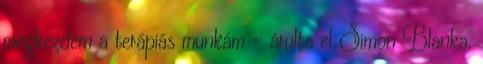
megkezdem a terápiás munkám – árulta el Simon Blanka.